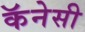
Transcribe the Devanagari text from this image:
कॅनेसी